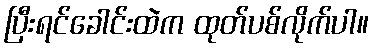
ပြီးရင်ခေါင်းထဲက ထုတ်ပစ်လိုက်ပါ။